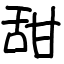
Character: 甜